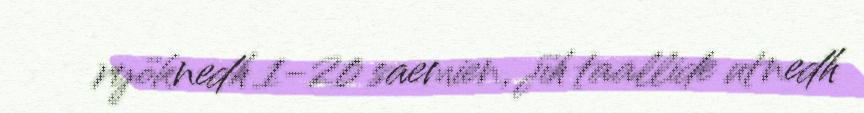
ryöknedh 1-20 saemien, jïh taallide utnedh